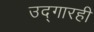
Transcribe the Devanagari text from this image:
उद्‌गारही